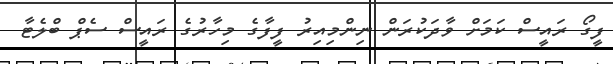
ފީގޯ ރައީސް ކަމަށް ވާދަކުރަން ނިންމިއިރު ފީފާގެ މިހާރުގެ ރައީސް ސެޕް ބްލެޓާ